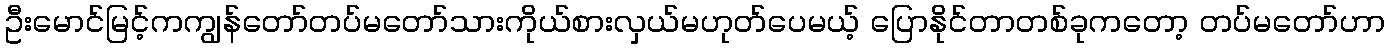
ဦးမောင်မြင့်ကကျွန်တော်တပ်မတော်သားကိုယ်စားလှယ်မဟုတ်ပေမယ့် ပြောနိုင်တာတစ်ခုကတော့ တပ်မတော်ဟာ